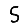
Digit: 5